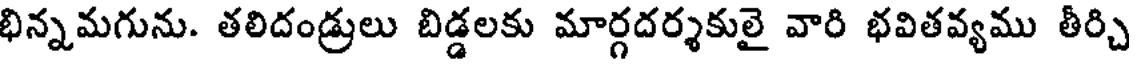
భిన్నమగును. తలిదండ్రులు బిడ్డలకు మార్గదర్శకులై వారి భవితవ్యము తీర్చి